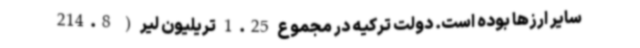
سایر ارزها بوده است. دولت ترکیه در مجموع 1.25 تریلیون لیر ( 214.8